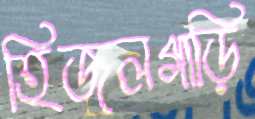
হিজলগাড়ি